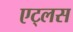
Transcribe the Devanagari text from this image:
एट्लस